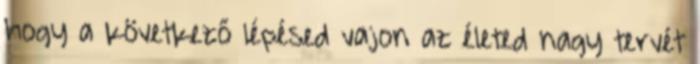
hogy a következő lépésed vajon az életed nagy tervét